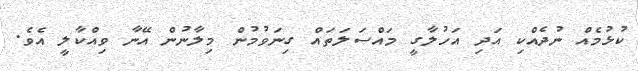
ކުޅުމެއް ނުދެއްކި އަދި އަހުލާގީ މައްސަލަތައް ގިނަވުމުން މިލާނުން އޭނާ ވިއްކާލީ އެވެ.